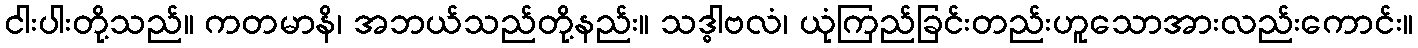
ငါးပါးတို့သည်။ ကတမာနိ၊ အဘယ်သည်တို့နည်း။ သဒ္ဓါဗလံ၊ ယုံကြည်ခြင်းတည်းဟူသောအားလည်းကောင်း။